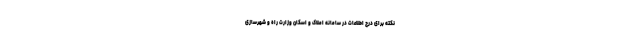
نکته برای درج اطلاعات در سامانه املاک و اسکان وزارت راه و شهرسازی